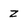
Character: z